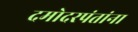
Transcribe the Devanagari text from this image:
दमोदरपंतांना